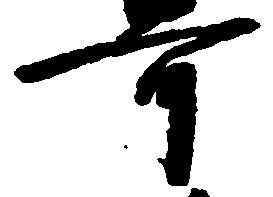
可